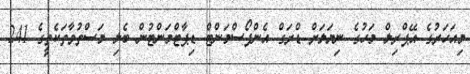
މިއަހަރުގެ އޭޕްރިލް މަހުގެ ނިޔަލަށް ޑްރަގް އެންފޯސްމަންޓް ޑިޕާޓްމަންޓުން ބެލި މަސްތުވާތަކެތީގެ 241